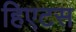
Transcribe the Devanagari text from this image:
हिएटस